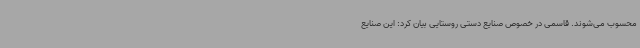
محسوب می‌شوند. قاسمی در خصوص صنایع دستی روستایی بیان کرد: این صنایع